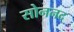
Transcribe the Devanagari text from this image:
सोननद